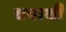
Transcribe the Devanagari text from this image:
चपाथी